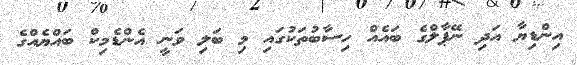
އިންޑިޔާ އަދި ނޭޕާލްގެ ބައެއް ހިސާބުތަކުގައި މި ބަލި ވަނީ އެންޑެމިކް ބައްޔެއްގެ